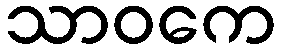
သာဝကေ